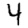
Digit: 4